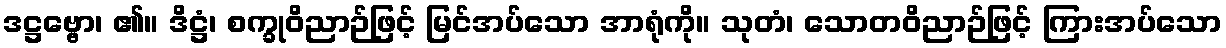
ဒဋ္ဌဗ္ဗော၊ ၏။ ဒိဋ္ဌံ၊ စက္ခုဝိညာဉ်ဖြင့် မြင်အပ်သော အာရုံကို။ သုတံ၊ သောတဝိညာဉ်ဖြင့် ကြားအပ်သော